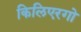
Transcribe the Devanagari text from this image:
किलिएरगो